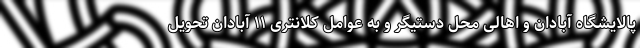
پالایشگاه آبادان و اهالی محل دستیگر و به عوامل کلانتری ۱۱ آبادان تحویل